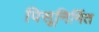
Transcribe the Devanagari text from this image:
पिसूनिर्मित